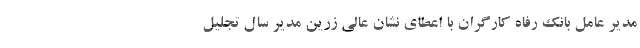
مدیر عامل بانک رفاه کارگران با اعطای نشان عالی زرین مدیر سال تجلیل